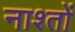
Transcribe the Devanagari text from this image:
नाश्तों